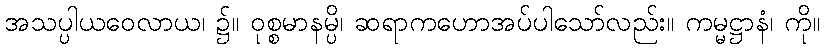
အသပ္ပါယဝေလာယ၊ ၌။ ဝုစ္စမာနမ္ပိ၊ ဆရာကဟောအပ်ပါသော်လည်း။ ကမ္မဋ္ဌာနံ၊ ကို။